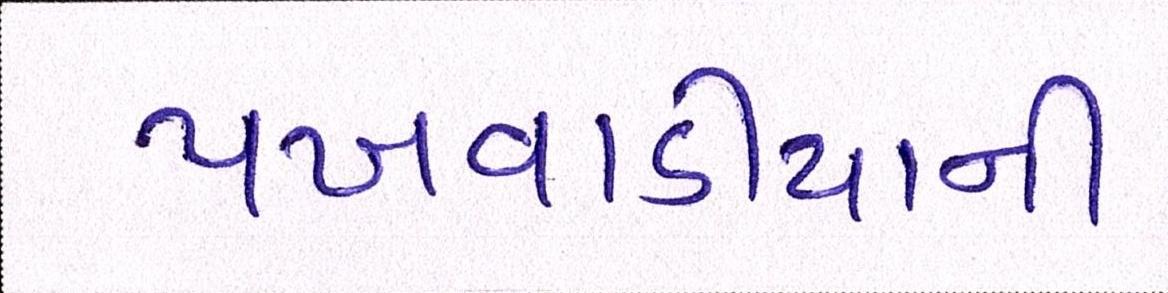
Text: પખવાડીયાની